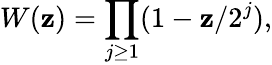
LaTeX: W(\mathbf{z})=\prod_{j\geq1}(1-\mathbf{z}/2^{j}),